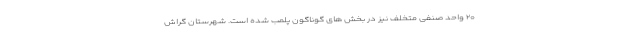
۲۰ واحد صنفی متخلف نیز در بخش های گوناگون پلمب شده است. شهرستان گراش